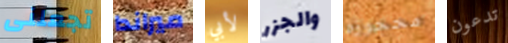
تجعلنى ميراندا لأبي والجزر محجوزة تدعون